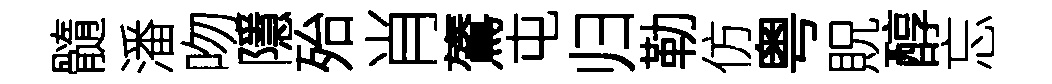
髓潘吻隱殆肖鷟屯归勒仿粤貺醇忘